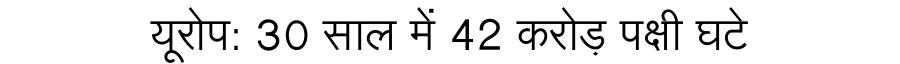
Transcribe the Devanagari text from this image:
यूरोप: 30 साल में 42 करोड़ पक्षी घटे